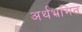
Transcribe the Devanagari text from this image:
अर्थभ्रमित